Annual report of the Madras Medical College
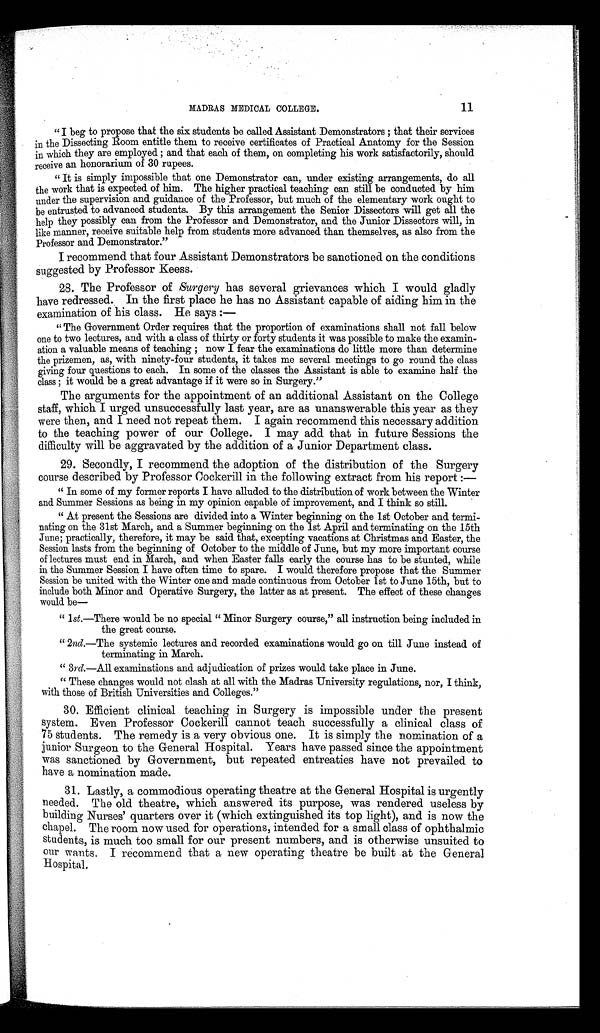
M MADRAS MEDICAL COLLEGE.
11
" I beg to propose that the six students be called Assistant Demonstrators ; that their services
in the Dissecting Room entitle them to receive certificates of Practical Anatomy for the Session
in which they are employed ; and that each of them, on completing his work satisfactorily, should
receive an honorarium of 30 rupees.
" It is simply impossible that one Demonstrator can, under existing arrangements, do all
the work that is expected of him. The higher practical teaching can still be conducted by him
under the supervision and guidance of the Professor, but much of the elementary work ought to
be entrusted to advanced students. By this arrangement the Senior Dissectors will get all the
help they possibly can from the Professor and Demonstrator, and the Junior Dissectors will, in
like manner, receive suitable help from students more advanced than themselves, as also from the
Professor and Demonstrator."
I recommend that four Assistant Demonstrators be sanctioned on the conditions
suggested by Professor Keess.
28. The Professor of Surgery has several grievances which I would gladly
have redressed. In the first place he has no Assistant capable of aiding him in the
examination of his class. He says :
—
" The Government Order requires that the proportion of examinations shall not fall below
one to two lectures, and with a class of thirty or forty students it was possible to make the examin
ation a valuable means of teaching ; now I fear the examinations do little more than determine
the prizemen, as, with ninety-four students, it takes me several meetings to go round the class
giving four questions to each. In some of the classes the Assistant is able to examine half the
class ; it would be a great advantage if it were so in Surgery."
The arguments for the appointment of an additional Assistant on the College
staff, which I urged unsuccessfully last year, are as unanswerable this year as they
were then, and I need not repeat them. I again recommend this necessary addition
to the teaching power of our College. I may add that in future Sessions the
difficulty will be aggravated by the addition of a Junior Department class.
29. Secondly, I recommend the adoption of the distribution of the Surgery
course described by Professor Cockerill in the following extract from his report :
—
" In some of my former reports I have alluded to the distribution of work between the Winter
and Summer Sessions as being in my opinion capable of improvement, and I think so still.
" At present the Sessions are divided into a Winter beginning on the 1st October and termi
nating on the 31st March, and a Summer beginning on the 1st April and terminating on the 15th
June; practically, therefore, it may be said that, excepting vacations at Christmas and Easter, the
Session lasts from the beginning of October to the middle of June, but my more important course
of lectures must end in March, and when Easter falls early the course has to be stunted, while
in the Summer Session I have often time to spare. I would therefore propose that the Summer
Session be united with the Winter one and made continuous from October 1st to June 15th, but to
include both Minor and Operative Surgery, the latter as at present. The effect of these changes
would be
—
" 1st.—There would be no special " Minor Surgery course," all instruction being included in
the great course.
" 2nd.—The systemic lectures and recorded examinations would go on till June instead of
terminating in March.
" 3rd.—All examinations and adjudication of prizes would take place in June.
" These changes would not clash at all with the Madras University regulations, nor, I think,
with those of British Universities and Colleges."
30. Efficient clinical teaching in Surgery is impossible under the present
system. Even Professor Cockerill cannot teach successfully a clinical class of
75 students. The remedy is a very obvious one. It is simply the nomination of a
junior Surgeon to the General Hospital. Years have passed since the appointment
was sanctioned by Government, but repeated entreaties have not prevailed to
have a nomination made.
31. Lastly, a commodious operating theatre at the General Hospital is urgently
needed. The old theatre, which answered its purpose, was rendered useless by
building Nurses' quarters over it (which extinguished its top light), and is now the
chapel. The room now used for operations, intended for a small class of ophthalmic
students, is much too small for our present numbers, and is otherwise unsuited to
our wants. I recommend that a new operating theatre be built at the General
Hospital.